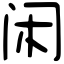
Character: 闲